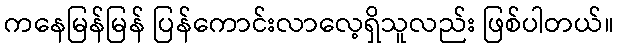
ကနေမြန်မြန် ပြန်ကောင်းလာလေ့ရှိသူလည်း ဖြစ်ပါတယ်။